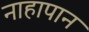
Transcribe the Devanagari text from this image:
नाहापान